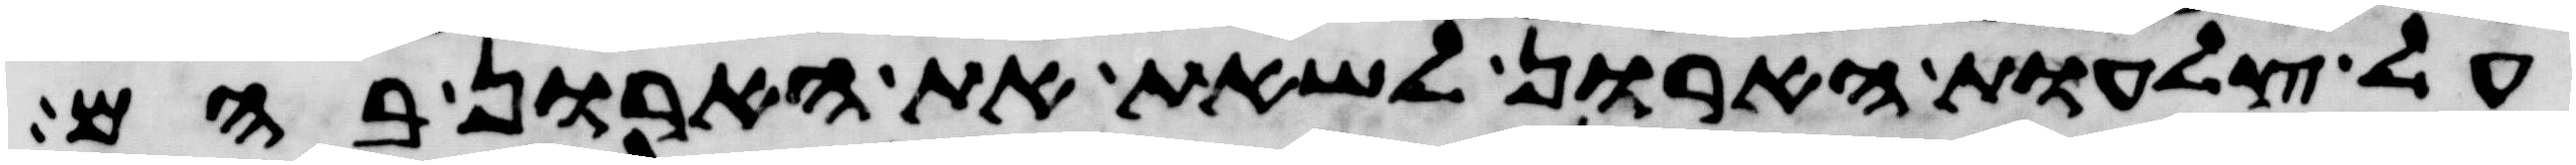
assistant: על צלעות הארון לשאת את הארון בהם